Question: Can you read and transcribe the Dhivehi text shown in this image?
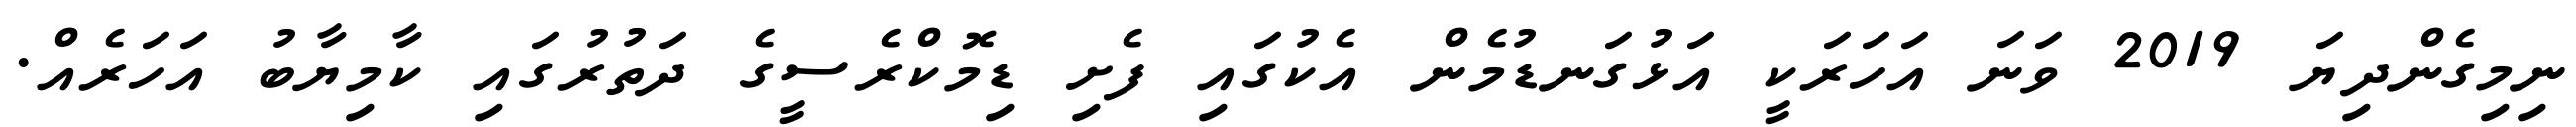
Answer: ނިމިގެންދިޔަ 2019 ވަނަ އަހަރަކީ އަޅުގަނޑުމެން އެކުގައި ފެށި ޑިމޮކްރެސީގެ ދަތުރުގައި ކާމިޔާބު އަހަރެއް.